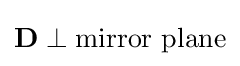
\mathbf {D} \perp \mathrm {mirror\ plane}